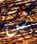
ش